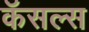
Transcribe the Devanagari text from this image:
कॅसल्स